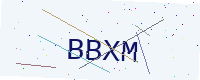
Text: BBXM